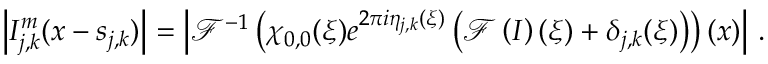
\left\vert I _ { j , k } ^ { m } ( \boldsymbol { x } - \boldsymbol { s } _ { j , k } ) \right\vert = \left\vert \mathcal { F } ^ { - 1 } \left( \chi _ { 0 , 0 } ( \boldsymbol { \xi } ) e ^ { 2 \pi i \eta _ { j , k } ( \boldsymbol { \xi } ) } \left( \mathcal { F } \left( I \right) ( \boldsymbol { \xi } ) + \delta _ { j , k } ( \boldsymbol { \xi } ) \right) \right) ( \boldsymbol { x } ) \right\vert \, .